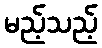
မည့်သည့်